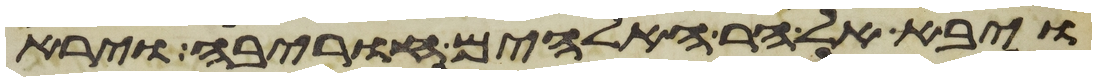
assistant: ויבא אל הר האלהים חורבה וירא